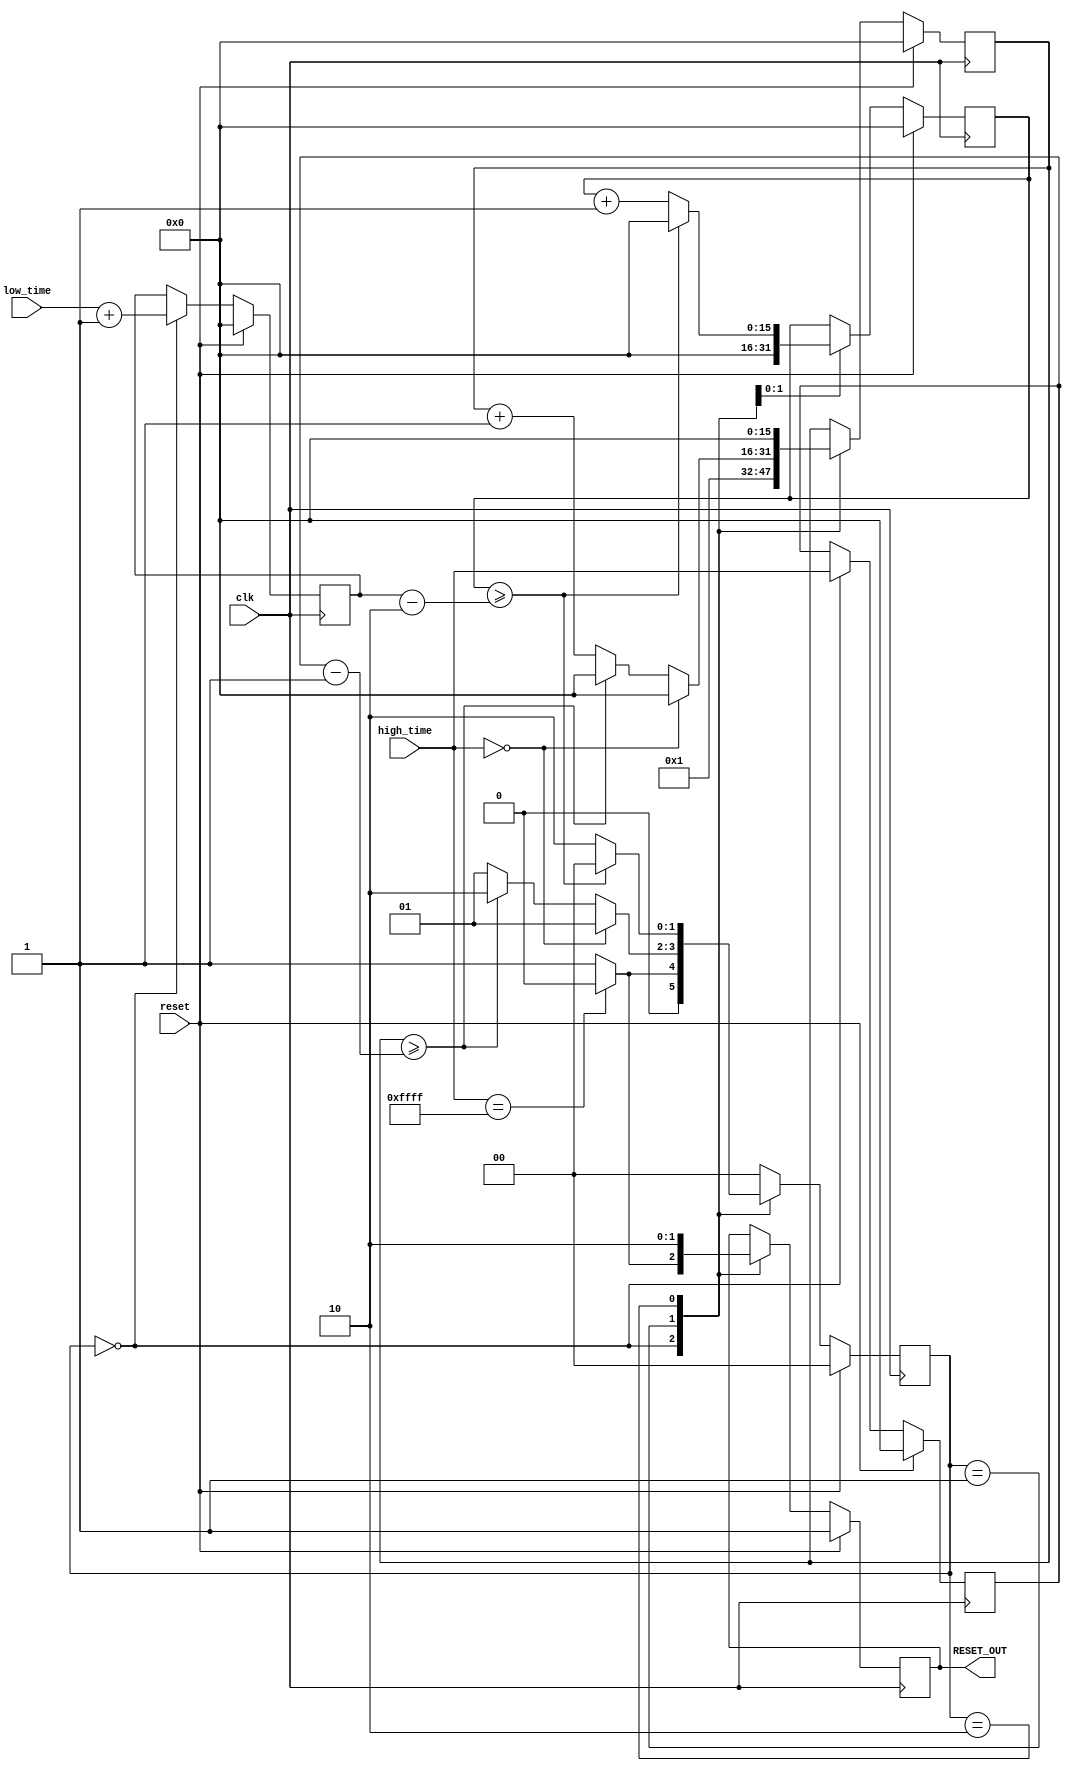
`timescale 1ns / 1ps
//////////////////////////////////////////////////////////////////////////////////
// Company: 		Yale
// 
// Design Name: 	 LCMS2010 Verilog Rev A
// Module Name:    reset_generator 
// Project Name:   LCMS2010 Verilog Rev A
// Target Devices: XEM6010
// Tool versions:  Xilinx ISE 13.1
// Description:    creates the RESET signal based on the values of low_time and high_time
//                 for now the input clock is exepected to be 100KHz and is divided by 10 to have a 1us clock for this module
//                 low_time and high_time are then the number of us to hold the RESET high and then low
// Dependencies:   none
//
// Revision: 
// Revision 0.01 - File Created
// Additional Comments: 
//
//////////////////////////////////////////////////////////////////////////////////
module reset_generator(
    input clk,
    input reset,
    input [0:15] low_time,
    input [0:15] high_time,
	 output RESET_OUT
    );

reg [0:1] state;

//parameter s_reset = 2'b00;
parameter s_latch = 2'b00;
parameter s_high = 2'b01;
parameter s_low = 2'b10;
//parameter s_never_reset = 2'b11;

reg[15:0] low_time_counter;
reg[15:0] high_time_counter;
reg[15:0] low_time_latch;
reg[15:0] high_time_latch;
reg rout;

assign RESET_OUT = rout;

//always @ (posedge clk or posedge reset) begin

	always @ (posedge clk) begin
		if (reset) begin
				high_time_counter <= 0;
				low_time_counter <= 0;
				low_time_latch <= 0;
				high_time_latch <= 0;
				state <= s_latch;
				rout <= 1;
		end
		else begin
			case(state)
			//the clock runs at 100 MHz
			//suppose we want to reset for 2 us at a rate of 10 kHz (100us)
			//first conver the 100 MHz to us by dividing by 100 =>1MHz = 1 us => 100Mhz = 100us
			//then the 2us reset high means wait for 2 ticks
			//then the 100-2us reset low means wait for 98 ticks
				
				s_latch:	begin
								low_time_latch <= low_time+1'b1;
								high_time_latch <= high_time;
								state <= s_high;
								rout <= 1;  //rout high during latch, is this ok???
								high_time_counter <= 16'b0000000000000001;
								if (high_time[0:15] == 16'b1111111111111111) begin //special case to never reset
									rout <=0;
									state <= s_latch; // stay here until the high_time input changes 
								end
							end
								
				s_high:	begin
								high_time_counter <= high_time_counter + 1'b1;
								low_time_counter <= 'b0;
								rout <= 1;
								state <= s_high;
								if (high_time[0:15] == 16'b0000000000000000) begin //special case, always keep reset high
									high_time_counter <= 0;
									state <= s_high;
								end
								else if (high_time_counter >= (high_time_latch - 1'b1)) begin
									high_time_counter <= 0;
									state <= s_low;
								end
							end
								
				s_low :	begin
								low_time_counter <= low_time_counter + 1'b1;
								high_time_counter <= 'b0;
								rout <= 0;
								state <= s_low;
								if (low_time_counter >= (low_time_latch - 2'b10)) begin  //-2 because one tick is wasted low during s_latch
									low_time_counter <= 0;
									state <= s_latch;
								end
							end
							
				default: state <= s_latch;
			endcase
		end
	end
endmodule